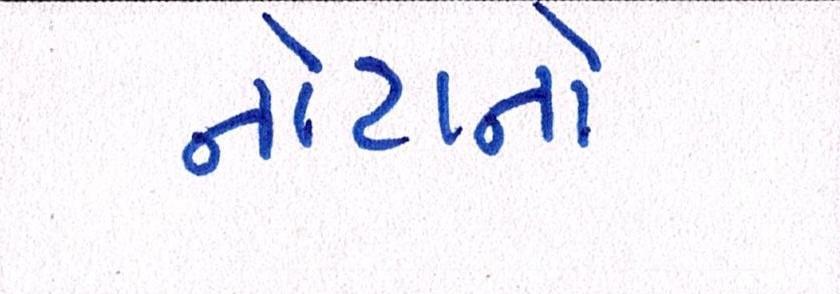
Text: નોટાનો